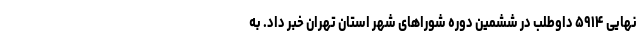
نهایی ۵۹۱۴ داوطلب در ششمین دوره شوراهای شهر استان تهران خبر داد. به